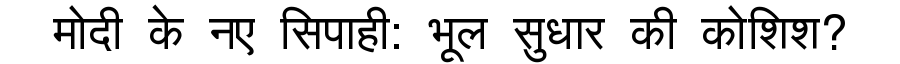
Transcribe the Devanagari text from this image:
मोदी के नए सिपाही: भूल सुधार की कोशिश?